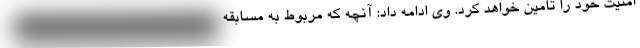
امنیت خود را تامین خواهد کرد. وی ادامه داد: آنچه که مربوط به مسابقه